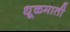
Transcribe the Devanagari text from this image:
धूळमाती